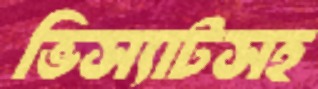
ভিস্যাটসহ